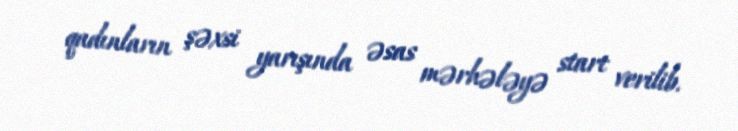
qadınların şəxsi yarışında əsas mərhələyə start verilib.